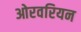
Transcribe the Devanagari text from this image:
ओरवरियन